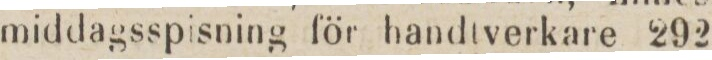
middagsspisning för handtverkare 292